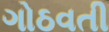
ગોઠવતી